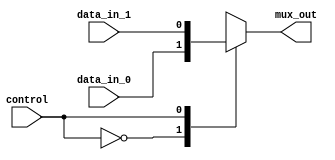
module mux_2to1 (
    input wire data_in_0,
    input wire data_in_1,
    input wire control,
    output reg mux_out
);

always @ (data_in_0, data_in_1, control)
begin
    case (control)
        0: mux_out = data_in_0;
        1: mux_out = data_in_1;
    endcase
end

endmodule